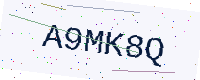
Text: A9MK8Q